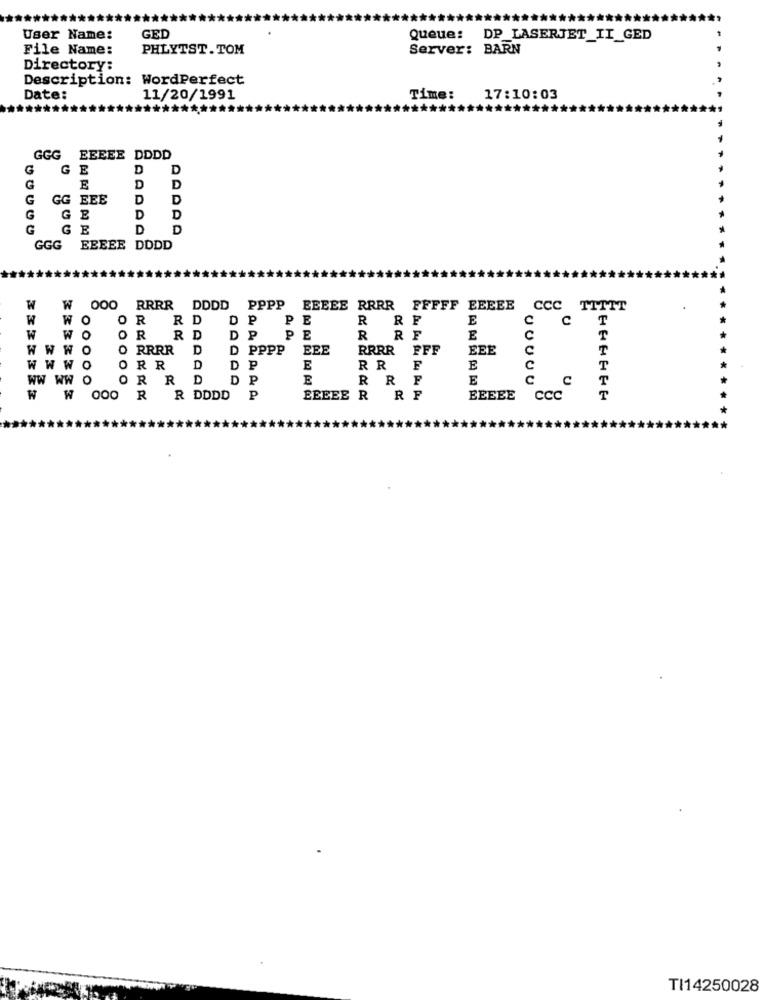
User Name:
GED
Queue: DP_LASERJET_II_GED
File Name:
PHLYTST. TOM
Server: BARN
Directory:
Description: WordPerfect
Date:
11/20/1991
Time:
17:10:03
GGG EEEEE DDDD
G
G
E
G
E
G
GG
G
GE
G
GGG
EEEEE DDDD
W
W 000 RRRR DDDD
PPPP
EEEEE RRRR FFFFF EEEEE
WO
U
O
TWO
WWWO
WWWO
WW WW O
00
UUUUU
W 000
IROPERFECT
P P P
TI14250028